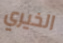
الخيري